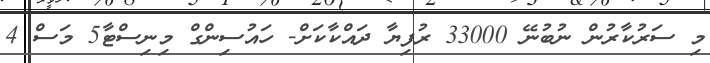
މި ސަރުކާރުން ނުބުނޭ 33000 ރުފިޔާ ދައްކާކަށް- ހައުސިންގް މިނިސްޓާ5 މަސް 4